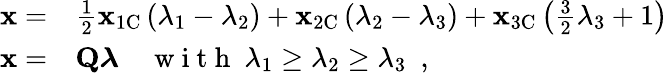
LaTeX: \begin{array}{rl}{\mathbf{x}=}&{{}\frac{1}{2}\mathbf{x}_{\mathrm{1C}}\left(\lambda_{1}-\lambda_{2}\right)+\mathbf{x}_{\mathrm{2C}}\left(\lambda_{2}-\lambda_{3}\right)+\mathbf{x}_{\mathrm{3C}}\left(\frac{3}{2}\lambda_{3}+1\right)}\\ {\mathbf{x}=}&{{}\mathbf{Q}\boldsymbol{\lambda}\quad\mathrm{~w~i~t~h~}\ \lambda_{1}\geq\lambda_{2}\geq\lambda_{3}\ \mathrm{~,~}}\end{array}